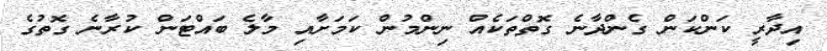
އިދާރީ ކަންކަން ގެންދާނެ ގޮތްތަކެއް ނިންމުން ކަމަށާއި މާލެ ބައްޓަން ކުރާނެ ގޮތުގެ